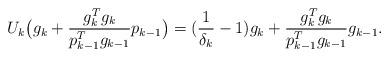
LaTeX: \begin{align*}U_{k} \big( g_k+\frac{g_k^Tg_k}{p_{k-1}^T g_{k-1}}p_{k-1} \big) = (\frac1{\delta_k} -1 ) g_k + \frac{ g_k^T g_k}{p_{k-1}^T g_{k-1}} g_{k-1}.\end{align*}